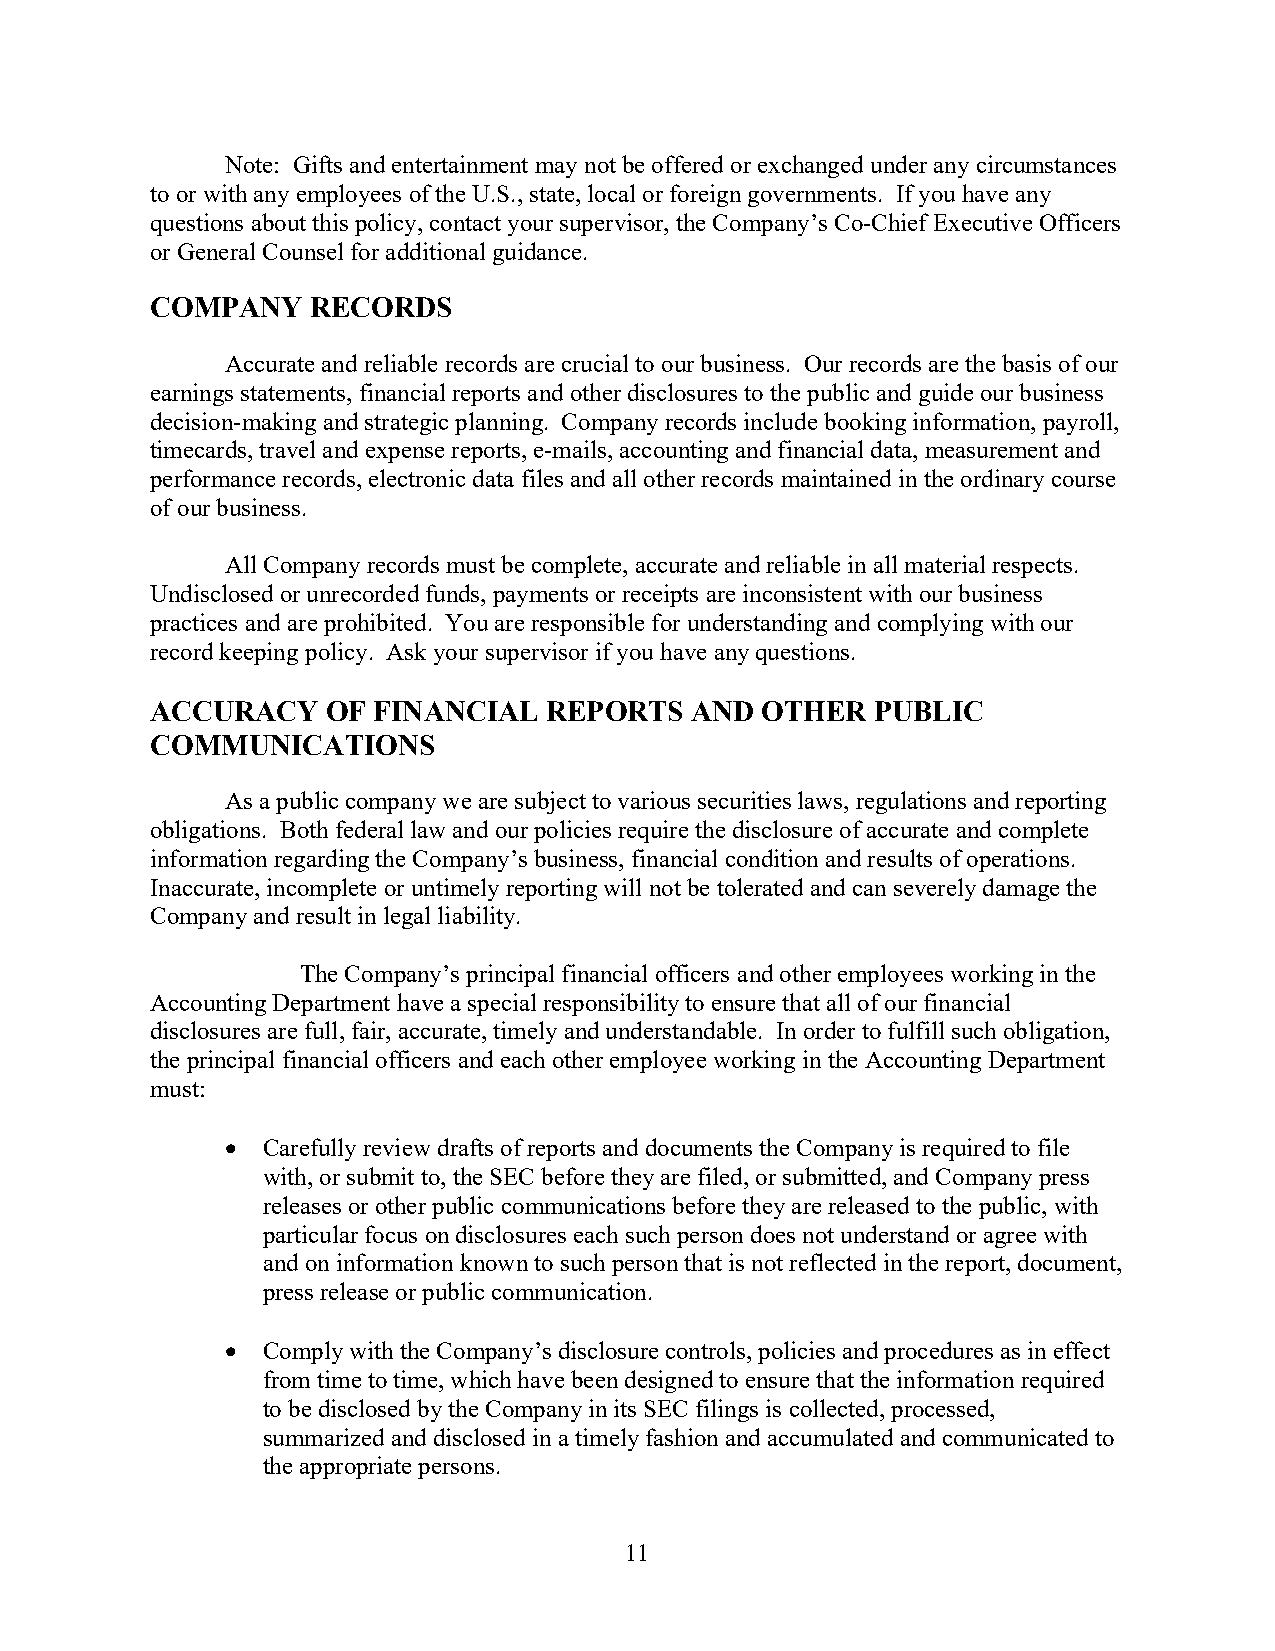
Note: Gifts and entertainment may not be offered or exchanged under any circumstances
 to or with any employees of the U.S., state, local or foreign governments. If you have any
 questions about this policy, contact your supervisor, the Company’s Co-Chief Executive Officers
 or General Counsel for additional guidance.
 COMPANY    RECORDS
 Accurate and reliable records are crucial to our business. Our records are the basis of our
 earnings statements, financial reports and other disclosures to the public and guide our business
 decision-making and strategic planning. Company records include booking information, payroll,
 timecards, travel and expense reports, e-mails, accounting and financial data, measurement and
 performance records, electronic data files and all other records maintained in the ordinary course
 of our business.
 All Company records must be complete, accurate and reliable in all material respects.
 Undisclosed or unrecorded funds, payments or receipts are inconsistent with our business
 practices and are prohibited. You are responsible for understanding and complying with our
 record keeping policy. Ask your supervisor if you have any questions.
 ACCURACY    OF FINANCIAL  REPORTS   AND OTHER   PUBLIC
 COMMUNICATIONS
 As a public company we are subject to various securities laws, regulations and reporting
 obligations. Both federal law and our policies require the disclosure of accurate and complete
 information regarding the Company’s business, financial condition and results of operations.
 Inaccurate, incomplete or untimely reporting will not be tolerated and can severely damage the
 Company and result in legal liability.
 The Company’s principal financial officers and other employees working in the
 Accounting Department have a special responsibility to ensure that all of our financial
 disclosures are full, fair, accurate, timely and understandable. In order to fulfill such obligation,
 the principal financial officers and each other employee working in the Accounting Department
 must:
  Carefully review drafts of reports and documents the Company is required to file
 with, or submit to, the SEC before they are filed, or submitted, and Company press
 releases or other public communications before they are released to the public, with
 particular focus on disclosures each such person does not understand or agree with
 and on information known to such person that is not reflected in the report, document,
 press release or public communication.
  Comply with the Company’s disclosure controls, policies and procedures as in effect
 from time to time, which have been designed to ensure that the information required
 to be disclosed by the Company in its SEC filings is collected, processed,
 summarized and disclosed in a timely fashion and accumulated and communicated to
 the appropriate persons.
 11